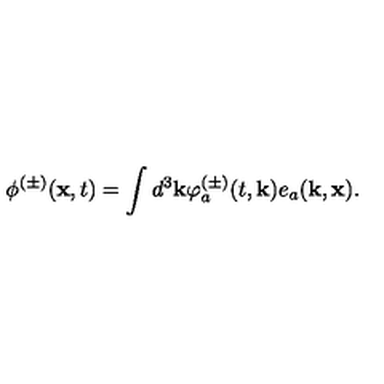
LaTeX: \phi ^ { ( \pm ) } ( { \bf x } , t ) = \int d ^ { 3 } { \bf k } \varphi _ { a } ^ { ( \pm ) } ( t , { \bf k } ) e _ { a } ( { \bf k } , { \bf x } ) .